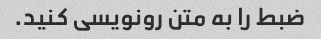
ضبط را به متن رونویسی کنید.